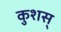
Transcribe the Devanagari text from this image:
कुशस्